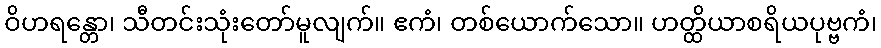
ဝိဟရန္တော၊ သီတင်းသုံးတော်မူလျက်။ ဧကံ၊ တစ်ယောက်သော။ ဟတ္ထိယာစရိယပုဗ္ဗကံ၊